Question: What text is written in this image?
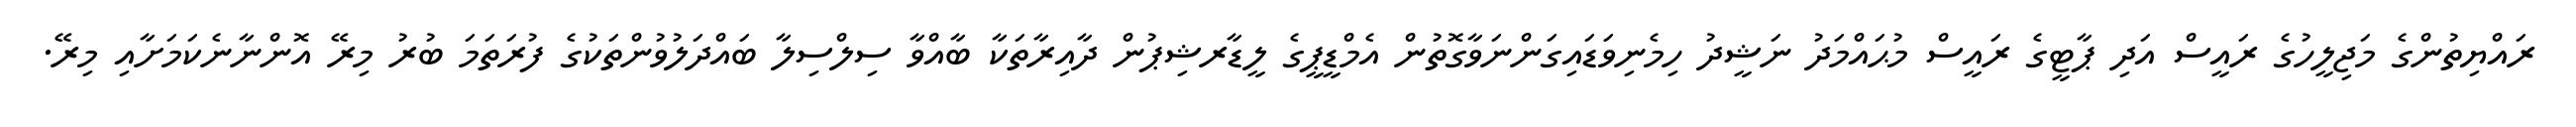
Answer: ރައްޔިތުންގެ މަޖިލީހުގެ ރައީސް އަދި ޕާޓީގެ ރައީސް މުޙައްމަދު ނަޝީދު ހިމެނިވަޑައިގަންނަވާގޮތުން އެމްޑީޕީގެ ލީޑާރޝިޕުން ދާއިރާތަކާ ބާއްވާ ސިލްސިލާ ބައްދަލުވުންތަކުގެ ފުރަތަމަ ބުރު މިރޭ އޮންނާނެކަމަށާއި މިރޭ.